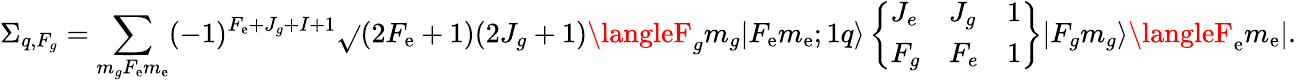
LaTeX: \Sigma_{q,F_{g}}=\sum_{m_{g}F_{\mathrm{e}}m_{\mathrm{e}}}(-1)^{F_{\mathrm{e}}+J_{g}+I+1}\sqrt{}{{(2F_{\mathrm{e}}+1)(2J_{g}+1)}}\langleF_{g}m_{g}|F_{\mathrm{e}}m_{\mathrm{e}};1q\rangle\left\{ \begin{array}{lll}{J_{e}}&{J_{g}}&{1}\\ {F_{g}}&{F_{e}}&{1}\end{array}\right\} |F_{g}m_{g}\rangle\langleF_{\mathrm{e}}m_{\mathrm{e}}|.